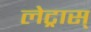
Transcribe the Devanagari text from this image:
लेट्रास्